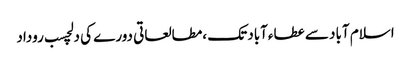
اسلام آباد سے عطاءآباد تک ،مطالعاتی دورے کی دلچسب روداد